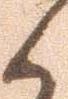
候